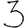
Digit: 3